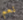
نعم